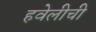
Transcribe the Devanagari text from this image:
हवेलीची